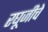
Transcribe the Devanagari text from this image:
रघूजीचे